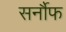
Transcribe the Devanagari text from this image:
सर्नौफ